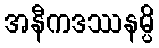
အနီကဒဿနမ္ပိ